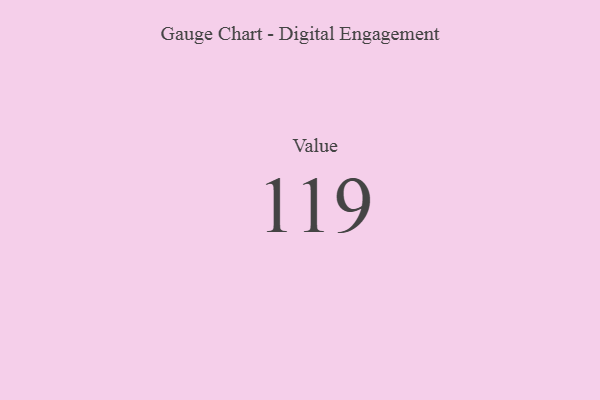
{"axis": {"x": "Metric", "y": "Value"}, "legend": [""], "data": [{"x": "Value", "y": 119, "type": ""}]}